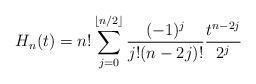
LaTeX: \begin{align*}H_{n}(t) = n! \sum_{j=0}^{\lfloor n/2 \rfloor} \frac{(-1)^{j}}{j!(n-2j)!}\frac{t^{n-2j}}{2^{j}}\end{align*}